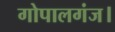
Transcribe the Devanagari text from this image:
गोपालगंज।